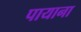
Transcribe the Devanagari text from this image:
पायाना